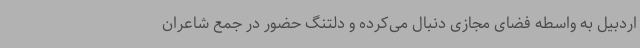
اردبیل به واسطه‌ فضای مجازی دنبال می‌کرده و دلتنگ حضور در جمع شاعران